Annual administration report of the Civil Veterinary Department of India - 1892-1893
Year: 1892
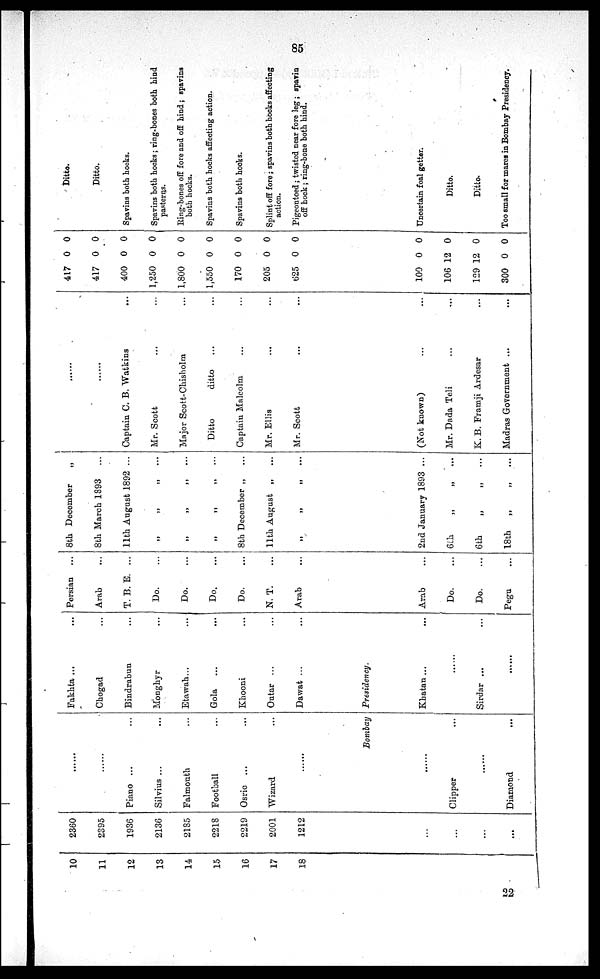
85
10
11
12
13
14
15
16
17
18
2360
2395
1936
2136
2185
2218
2219
2001
1212
...
...
...
...
......
......
Piano ... ...
Silvius ... ...
Falmouth ...
Football ...
Osric ... ...
Wizard ...
......
Fakhta ... ...
Chogad ...
Bindrabun ...
Monghyr ...
Etawah... ...
Gola
... ...
Khooni ...
Outar ... ...
Dawat ... ...
Bombay
Presidency.
......
Clipper ...
......
Diamond ...
Khatan ... ...
......
Sirdar ...
......
Persian ...
Arab ...
T. B. E. ...
Do. ...
Do. ...
Do. ...
Do. ...
N. T. ...
Arab ...
Arab ...
Do. ...
Do. ...
Pegu ...
8th December
„
8th March 1893
...
11th August 1892 ...
„ „ „ ...
„ „ „ ...
„ „ „ ...
8th December „ ...
11th August „ ...
„ „ „ ...
2nd January 1893 ...
6th
„
„ ...
6th
„
„ ...
18th
„
„
...
......
......
Captain C. B. Watkins ...
Mr. Scott ... ...
Major Scott-Chisholm ...
Ditto
ditto ... ...
Captain Malcolm ... ...
Mr. Ellis ... ...
Mr. Scott ...
(Not known) ... ...
Mr. Dada Teli ... ...
K. B. Framji Ardesar ...
Madras Government ...
417
417
400
1,250
1,800
1,550
170
205
625
0
0
0
0
0
0
0 0
0 0
0 0
0
0
0
0
0
0
100
106
129
300
0
12
12
0
0
0
0
0
Ditto.
Ditto.
Spavins both hocks.
Spavins both hocks; ring-bones both hind
pasterns.
Ring-bones off fore and off hind; spavins
both hocks.
Spavins both hocks affecting action.
Spavins both hocks.
Splint off fore; spavins both hocks affecting
action.
Pigeontoed; twisted near fore leg; spavin
off hock; ring-bone both hind.
Uncertain foal getter.
Ditto.
Ditto.
Too small for mares in Bombay Presidency.
22